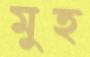
মুহ